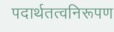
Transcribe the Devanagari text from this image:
पदार्थतत्वनिरूपण